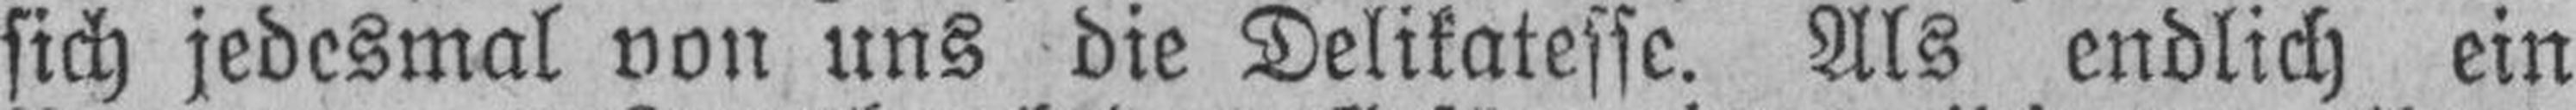
sich jedesmal von uns die Delikatesse. Als endlich ein